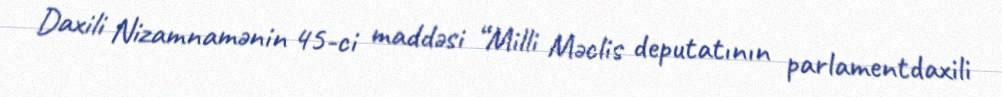
Daxili Nizamnamənin 45-ci maddəsi “Milli Məclis deputatının parlamentdaxili